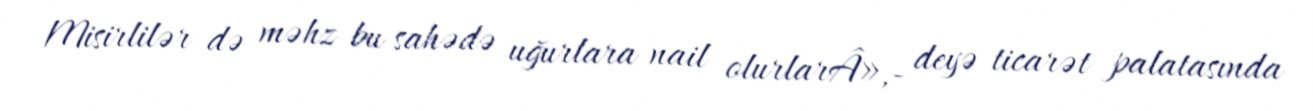
Misirlilər də məhz bu sahədə uğurlara nail olurlarÂ»,- deyə ticarət palatasında